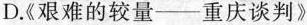
D.《艰难的较量——重庆谈判》